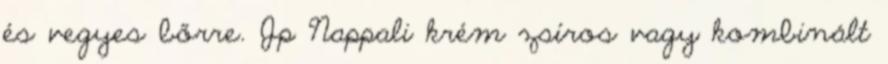
és vegyes bőrre. Jp Nappali krém zsíros vagy kombinált